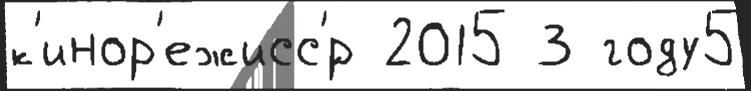
к'инор'ежисс'́р 2015 3 году5